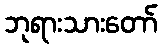
ဘုရားသားတော်